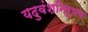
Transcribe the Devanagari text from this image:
यदुवंशनिरूपण